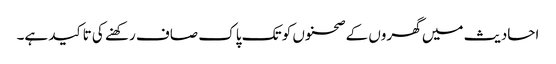
احادیث میں گھروں کے صحنوں کو تک پاک صاف رکھنے کی تاکید ہے۔